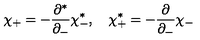
\chi _ { + } = - \frac { \partial ^ { * } } { \partial _ { - } } \chi _ { - } ^ { * } , \quad \chi _ { + } ^ { * } = - \frac { \partial } { \partial _ { - } } \chi _ { - }